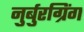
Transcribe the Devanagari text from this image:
नुर्बुरग्रिंग